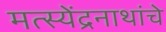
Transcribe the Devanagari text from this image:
मत्स्येंद्रनाथांचे